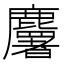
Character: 𪋰